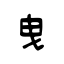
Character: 曳